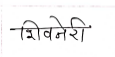
मजकूर: शिवनेरी